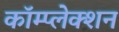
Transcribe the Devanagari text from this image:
कॉम्प्लेक्शन